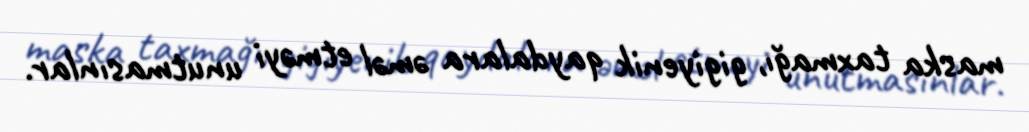
maska taxmağı, gigiyenik qaydalara əməl etməyi unutmasınlar.